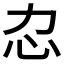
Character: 𢖰